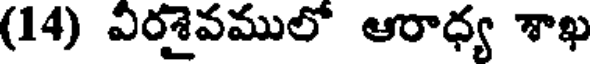
(14) విరశైవములో ఆరాధ్య శాఖ